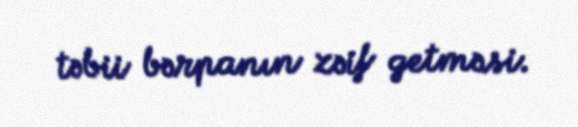
təbii bərpanın zəif getməsi.